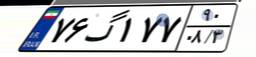
۷۶گ۱۷۷۹۰